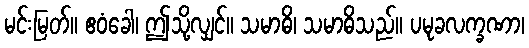
မင်းမြတ်။ ဧဝံခေါ၊ ဤသို့လျှင်။ သမာဓိ၊ သမာဓိသည်။ ပမုခလက္ခဏာ၊